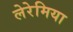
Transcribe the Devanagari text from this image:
लेरेमिया